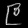
Digit: ၉